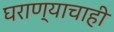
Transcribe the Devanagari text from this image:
घराण्याचाही